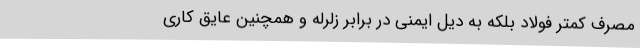
مصرف کمتر فولاد بلکه به دیل ایمنی در برابر زلرله و همچنین عایق کاری